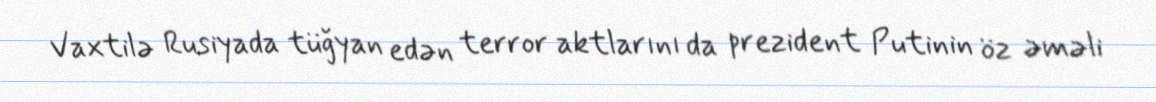
Vaxtilə Rusiyada tüğyan edən terror aktlarını da prezident Putinin öz əməli